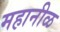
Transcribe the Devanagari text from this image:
महानीळ